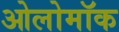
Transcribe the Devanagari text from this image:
ओलोमॉक